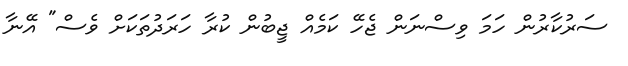
ސަރުކާރުން ހަމަ ވިސްނަން ޖެހޭ ކަމެއް ޖީބުން ކުރާ ހަރަދުތަކަށް ވެސް" އޭނާ